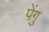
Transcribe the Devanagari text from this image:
पेंगु